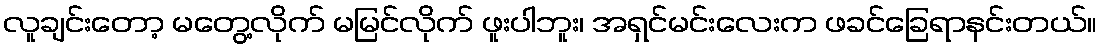
လူချင်းတော့ မတွေ့လိုက် မမြင်လိုက် ဖူးပါဘူး၊ အရှင်မင်းလေးက ဖခင်ခြေရာနင်းတယ်။